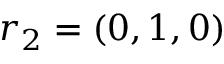
r _ { 2 } = ( 0 , 1 , 0 )